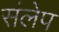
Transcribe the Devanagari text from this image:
संलेप